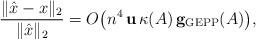
LaTeX: \begin{align*}\frac{\| \hat x - x\|_2}{\|\hat x\|_2} = O\big(n^4 \,{\bf u}\,\kappa(A)\, {\bf g_{\rm GEPP}}(A)\big),\end{align*}